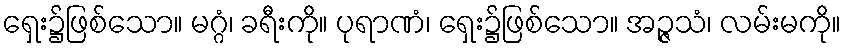
ရှေး၌ဖြစ်သော။ မဂ္ဂံ၊ ခရီးကို။ ပုရာဏံ၊ ရှေး၌ဖြစ်သော။ အဉ္ဇသံ၊ လမ်းမကို။